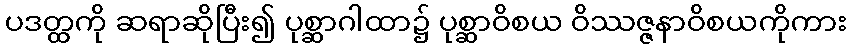
ပဒတ္ထကို ဆရာဆိုပြီး၍ ပုစ္ဆာဂါထာ၌ ပုစ္ဆာဝိစယ ဝိဿဇ္ဇနာဝိစယကိုကား